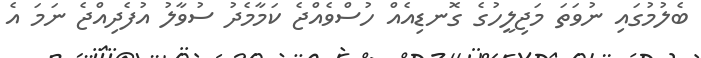
ބެލުމުގައި ނުވަތަ މަޖިލީހުގެ ގޮނޑިއެއް ހުސްވެއްޖެ ކަމާމެދު ސުވާލު އުފެދިއްޖެ ނަމަ އެ